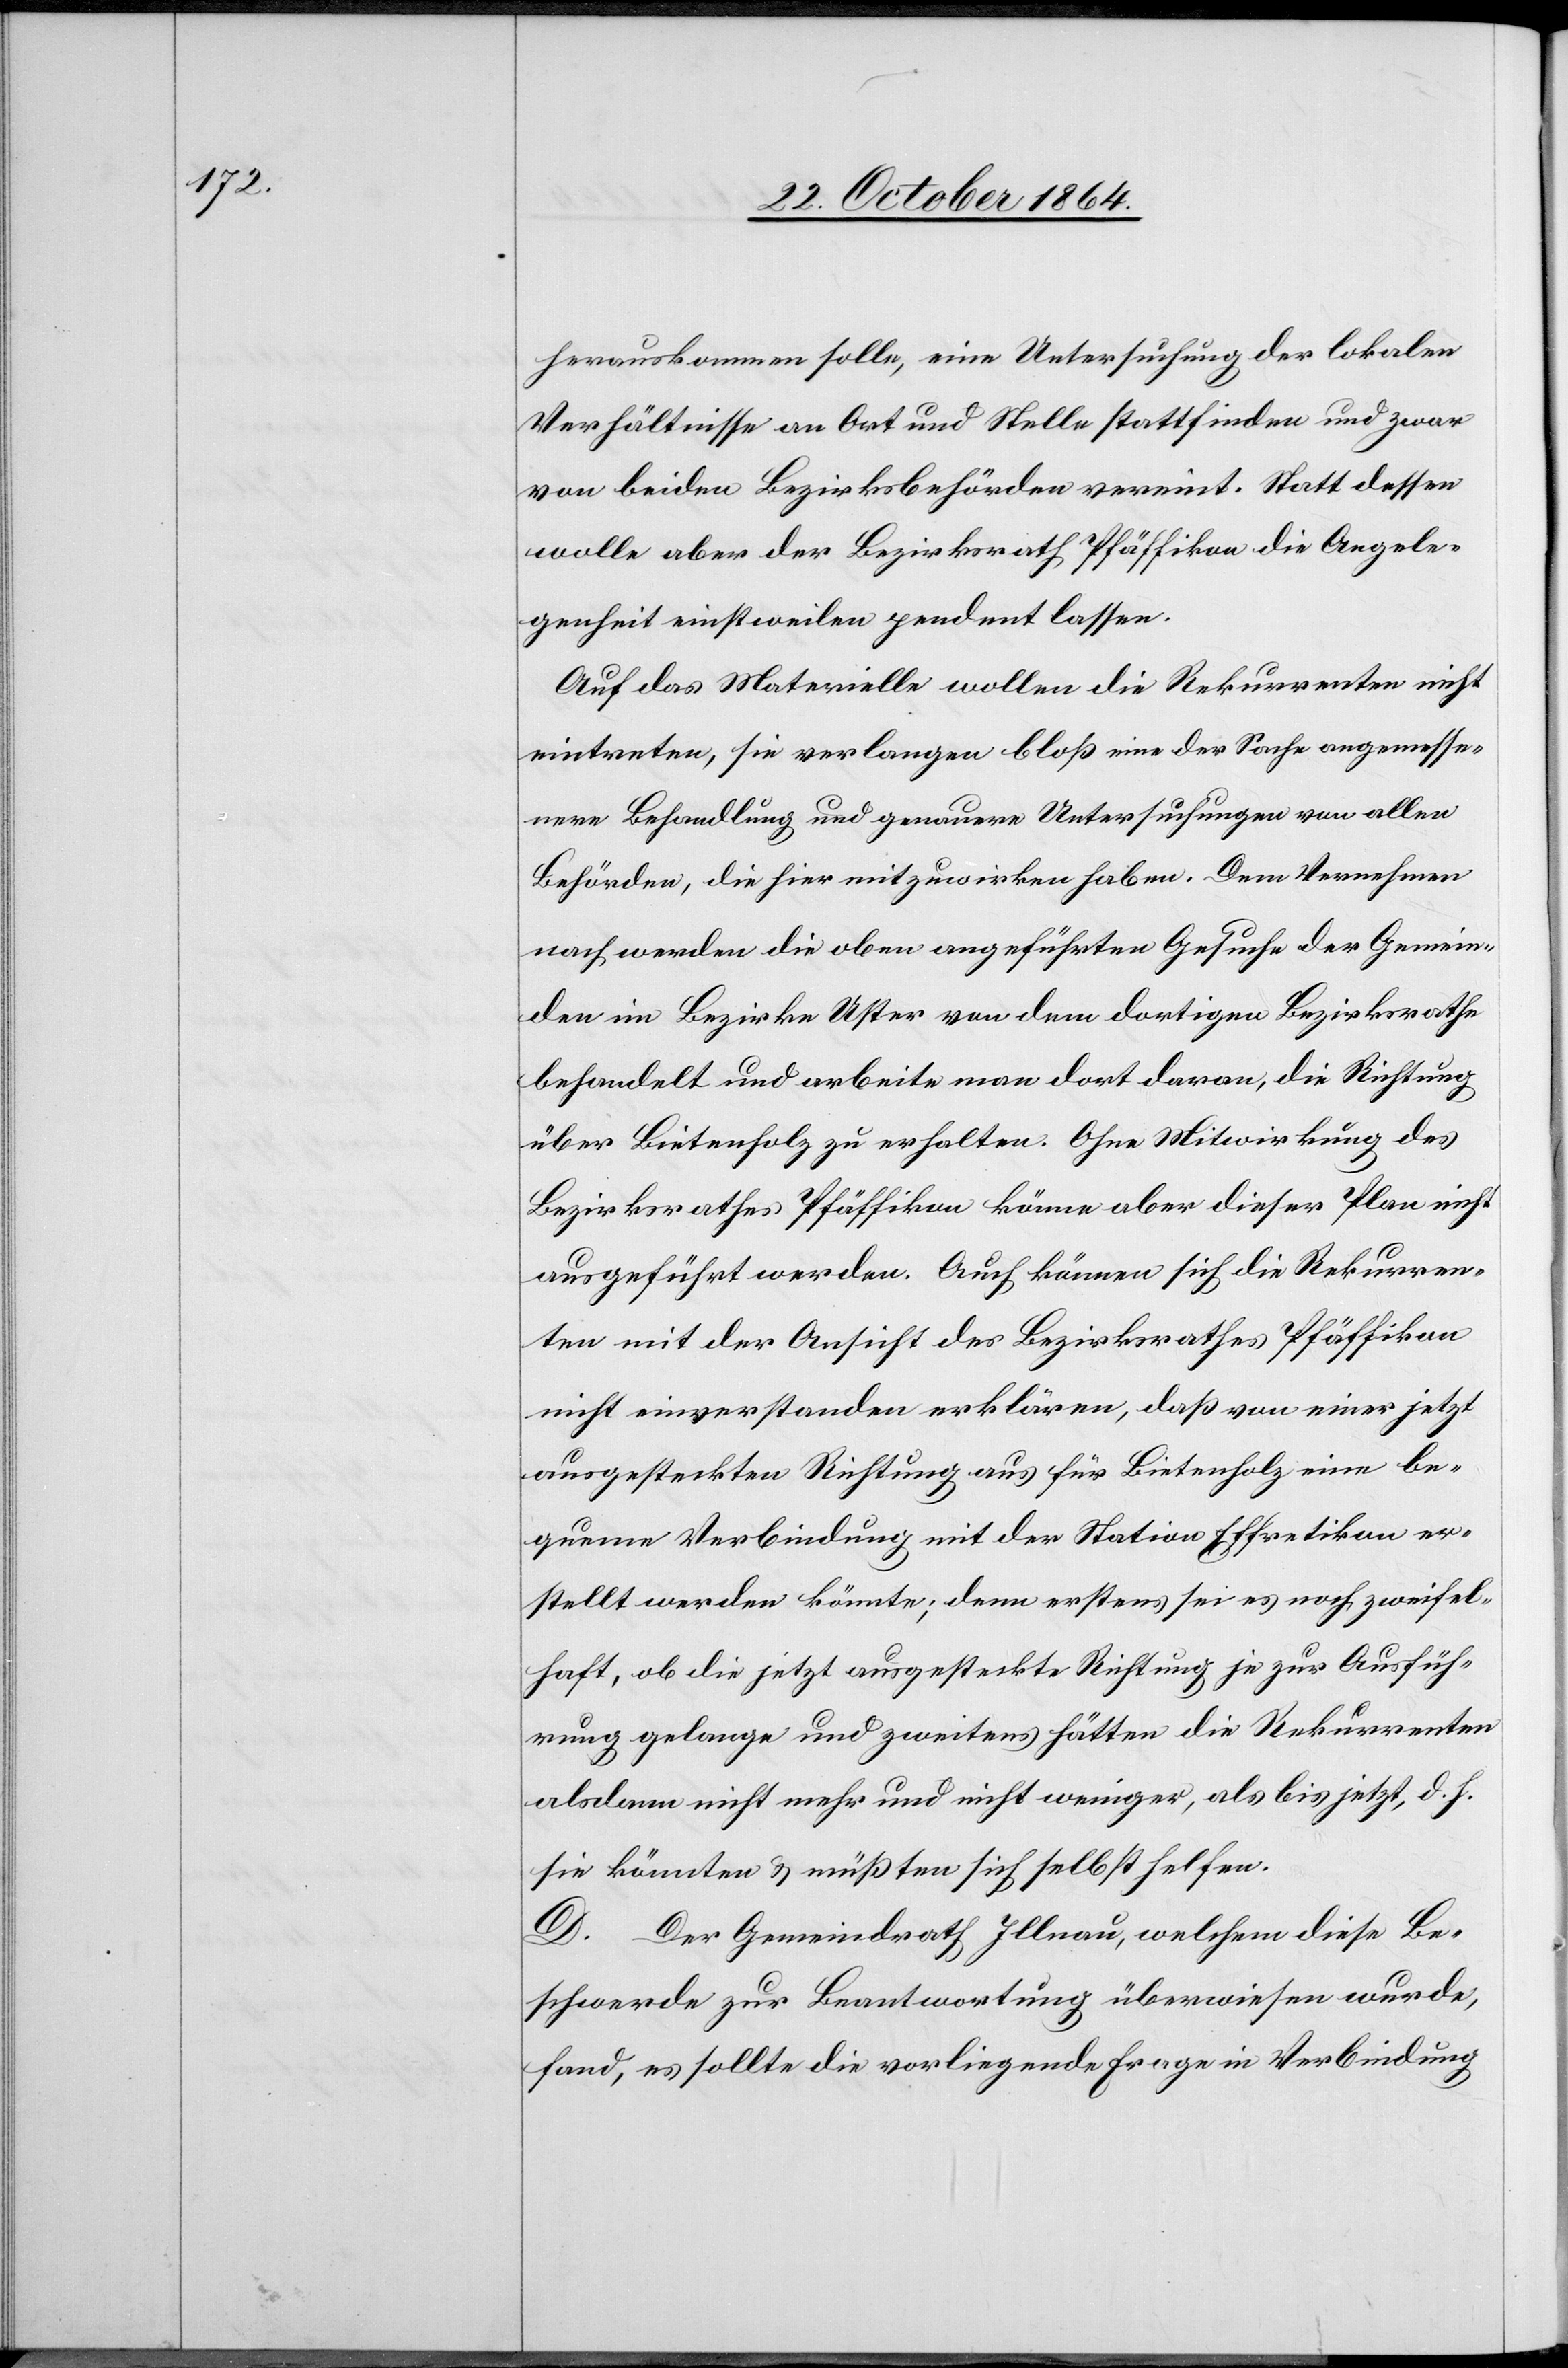
hervorkommen solle, eine Untersuchung der lokalen
Verhältnisse an Ort und Stelle stattfinden und zwar
von beiden Bezirksbehörden vereint. Statt dessen
wolle aber der Bezirksrath Pfäffikon die Angele¬
genheit einstweilen pendent lassen.
Auf das Materielle wollen die Rekurrenten nicht
eintreten, sie verlangen bloß eine der Sache angemesse¬
ne Behandlung und genauere Untersuchungen von allen
Behörden, die hier mitzuwirken haben. Dem Vernehmen
nach werden die oben angeführten Gesuche der Gemein¬
den im Bezirke Uster von dem dortigen Bezirksrathe
behandelt und arbeite man dort daran, die Richtung
über Bietenholz zu erhalten. Ohne Mitwirkung des
Bezirksrathes Pfäffikon könne aber dieser Plan nicht
ausgeführt werden. Auch können sich die Rekurren¬
ten mit der Ansicht des Bezirksrathes Pfäffikon
nicht einverstanden erklären, daß von einer jetzt
ausgesteckten Richtung aus für Breitenholz eine be¬
queme Verbindung mit der Station Effretikon er¬
stellt werden könnte; denn erstens sei es noch zweifel¬
haft, ob die jetzt ausgesteckte Richtung je zur Ausfüh¬
rung gelange und zweitens hätten die Rekurrenten
alsdann nicht mehr und nicht weniger, als bis jetzt, d. h.
sie könnten & müßten sich selbst helfen.
D. Der Gemeindrath Illnau, welchem diese Be¬
schwerde zur Beantwortung überwiesen wurde,
fand, es sollte die vorliegende Frage in Verbindung